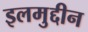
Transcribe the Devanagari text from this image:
इलमुद्दीन